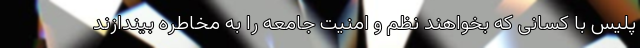
پلیس با کسانی که بخواهند نظم و امنیت جامعه را به مخاطره بیندازند